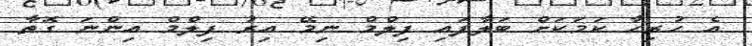
އެ ހުރިހާ ކަމަކަށް ބަލާފައި ފިލްމް ނިމޭ އިރު ފިލްމް އިންނަ ގޮތާ